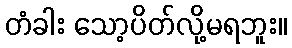
တံခါး သော့ပိတ်လို့မရဘူး။